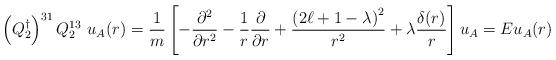
LaTeX: \begin{align*}\left( Q_{2}^\dagger \right)^{31} Q_{2}^{13} \ u_A ({r}) = {1 \over m} \left[ - {\partial^2 \over \partial r^2} - {1 \over r}{\partial \over \partial r} + {\left( 2 \ell + 1 - \lambda \right)^2 \over r^2}+ \lambda { \delta (r) \over r} \right] u_A = E u_A ({r})\end{align*}